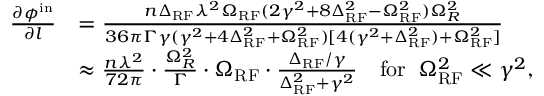
\begin{array} { r l } { \frac { \partial \phi ^ { \mathrm { i n } } } { \partial l } } & { = \frac { n \Delta _ { \mathrm { R F } } \lambda ^ { 2 } \Omega _ { \mathrm { R F } } ( 2 \gamma ^ { 2 } + 8 \Delta _ { \mathrm { R F } } ^ { 2 } - \Omega _ { \mathrm { R F } } ^ { 2 } ) \Omega _ { R } ^ { 2 } } { 3 6 \pi \Gamma \gamma ( \gamma ^ { 2 } + 4 \Delta _ { \mathrm { R F } } ^ { 2 } + \Omega _ { \mathrm { R F } } ^ { 2 } ) [ 4 ( \gamma ^ { 2 } + \Delta _ { \mathrm { R F } } ^ { 2 } ) + \Omega _ { \mathrm { R F } } ^ { 2 } ] } } \\ & { \approx \frac { n \lambda ^ { 2 } } { 7 2 \pi } \cdot \frac { \Omega _ { R } ^ { 2 } } { \Gamma } \cdot \Omega _ { \mathrm { R F } } \cdot \frac { \Delta _ { \mathrm { R F } } / \gamma } { \Delta _ { \mathrm { R F } } ^ { 2 } + \gamma ^ { 2 } } \quad \mathrm { f o r } \; \; \Omega _ { \mathrm { R F } } ^ { 2 } \ll \gamma ^ { 2 } , } \end{array}